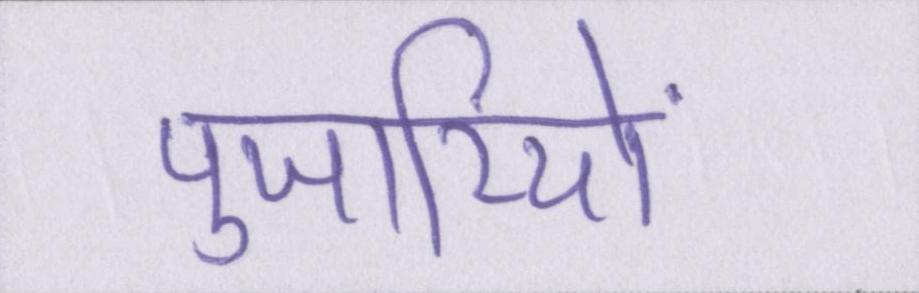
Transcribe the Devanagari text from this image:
पुजारियों